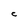
Character: C